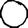
Digit: 0